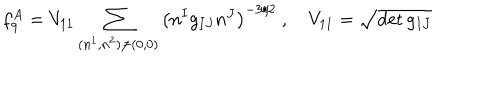
f _ { 9 } ^ { A } = V _ { 1 1 } \sum _ { ( n ^ { 1 } , n ^ { 2 } ) \ne ( 0 , 0 ) } \left( n ^ { I } g _ { I J } n ^ { J } \right) ^ { - 3 / 2 } \ , \quad V _ { 1 1 } = \sqrt { \det g _ { I J } }